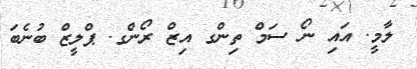
ލާމީ. އައި ނޯ ސަމް ތިންގ އިޒް ރޯންގ. ޕްލީޒް ބުނެބަ